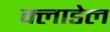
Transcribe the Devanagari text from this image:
क्लाडेल